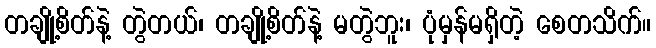
တချို့စိတ်နဲ့ တွဲတယ်၊ တချို့စိတ်နဲ့ မတွဲဘူး၊ ပုံမှန်မရှိတဲ့ စေတသိက်။